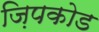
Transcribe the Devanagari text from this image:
ज़िपकोड